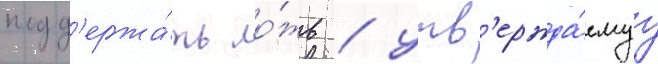
подд'ержа́ть ло́жь / утв'ержда́емуу